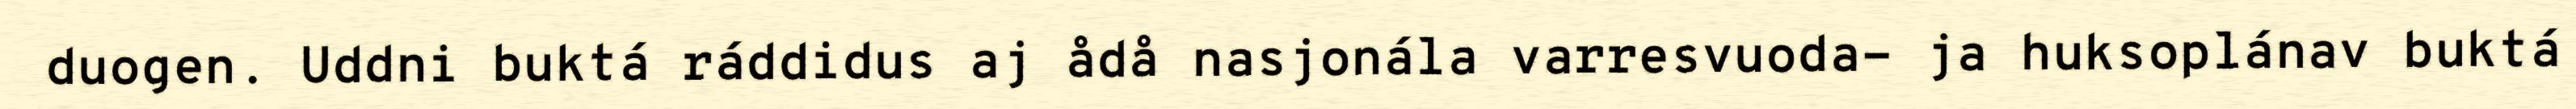
duogen. Uddni buktá ráddidus aj ådå nasjonála varresvuoda- ja huksoplánav buktá